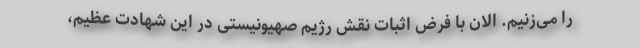
را می‌زنیم. الان با فرض اثبات نقش رژیم صهیونیستی در این شهادت عظیم،